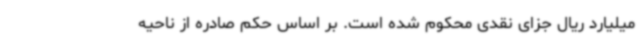
میلیارد ریال جزای نقدی محکوم شده است. بر اساس حکم صادره از ناحیه